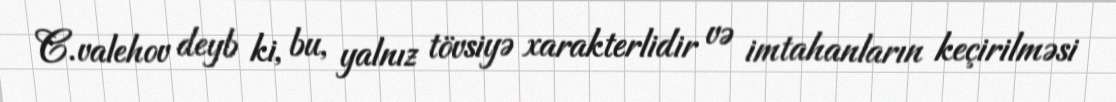
C.valehov deyb ki, bu, yalnız tövsiyə xarakterlidir və imtahanların keçirilməsi